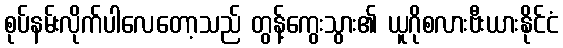
စုပ်နမ်းလိုက်ပါလေတော့သည် တွန့်ကွေးသွား၏ ယူဂိုစလားဗီးယားနိုင်ငံ